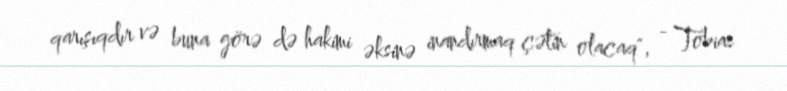
qarışıqdır və buna görə də hakimi əksinə inandırmaq çətin olacaq", - Tobias